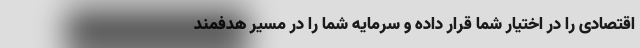
اقتصادی را در اختیار شما قرار داده و سرمایه شما را در مسیر هدفمند